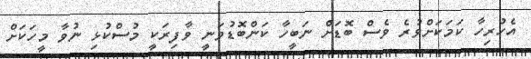
އެހުރިހާ ކަމަކަށްވުރެ ވެސް ބޮޑަށް ނަބީހާ ކަންބޮޑުވަނީ ވާފިރަކީ މުސްކުޅި ނުވާ މީހަކަށް